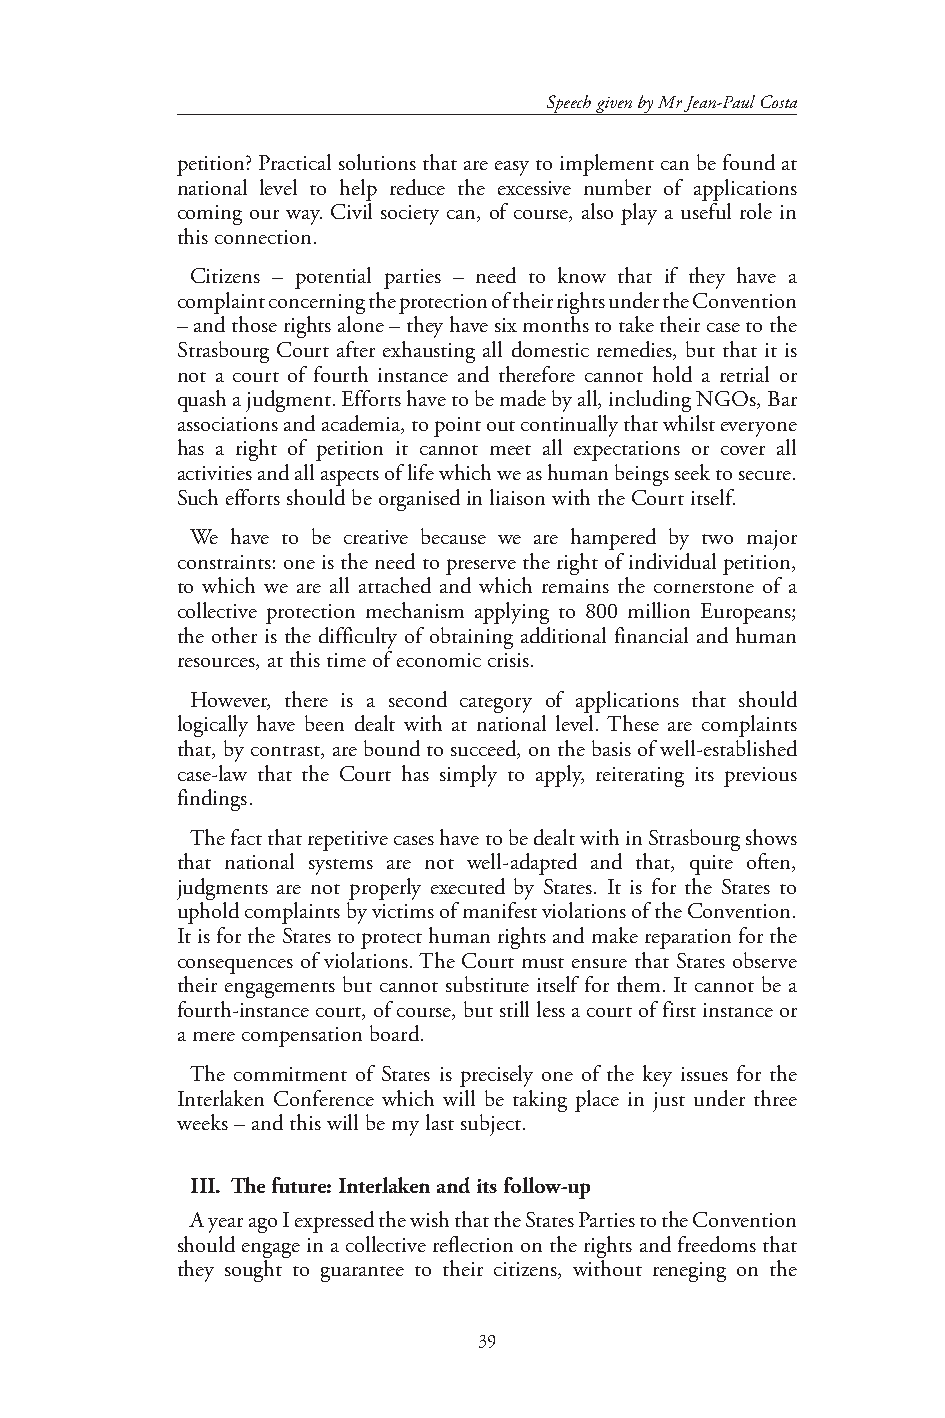
Speech given by Mr Jean-Paul Costa
 petition? Practical solutions that are easy to implement can be found at
 national level to help reduce the excessive number of applications
 coming our way. Civil society can, of course, also play a useful role in
 this connection.
 Citizens – potential parties – need to know that if they have a
 complaint concerning the protection of their rights under the Convention
 – and those rights alone – they have six months to take their case to the
 Strasbourg Court after exhausting all domestic remedies, but that it is
 not a court of fourth instance and therefore cannot hold a retrial or
 quash a judgment. Efforts have to be made by all, including NGOs, Bar
 associations and academia, to point out continually that whilst everyone
 has a right of petition it cannot meet all expectations or cover all
 activities and all aspects of life which we as human beings seek to secure.
 Such efforts should be organised in liaison with the Court itself.
 We have to be creative because we are hampered by two major
 constraints: one is the need to preserve the right of individual petition,
 to which we are all attached and which remains the cornerstone of a
 collective protection mechanism applying to 800 million Europeans;
 the other is the difficulty of obtaining additional financial and human
 resources, at this time of economic crisis.
 However, there is a second category of applications that should
 logically have been dealt with at national level. These are complaints
 that, by contrast, are bound to succeed, on the basis of well-established
 case-law that the Court has simply to apply, reiterating its previous
 findings.
 The fact that repetitive cases have to be dealt with in Strasbourg shows
 that national systems are not well-adapted and that, quite often,
 judgments are not properly executed by States. It is for the States to
 uphold complaints by victims of manifest violations of the Convention.
 It is for the States to protect human rights and make reparation for the
 consequences of violations. The Court must ensure that States observe
 their engagements but cannot substitute itself for them. It cannot be a
 fourth-instance court, of course, but still less a court of first instance or
 a mere compensation board.
 The commitment of States is precisely one of the key issues for the
 Interlaken Conference which will be taking place in just under three
 weeks – and this will be my last subject.
 III. The future: Interlaken and its follow-up
 A year ago I expressed the wish that the States Parties to the Convention
 should engage in a collective reflection on the rights and freedoms that
 they sought to guarantee to their citizens, without reneging on the
 39